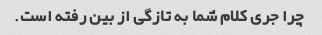
چرا جری کلام شما به تازگی از بین رفته است.